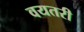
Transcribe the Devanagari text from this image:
वयतरी